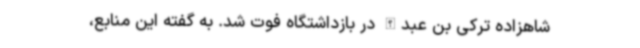
شاهزاده ترکی بن عبدالله در بازداشتگاه فوت شد. به گفته این منابع،